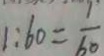
1 : 6 0 = \frac { 1 } { 6 0 }